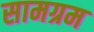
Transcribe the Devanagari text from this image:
सामग्रम